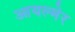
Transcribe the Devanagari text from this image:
आयल्मेर